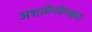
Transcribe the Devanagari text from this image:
अशावेगवेगळ्या